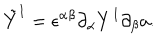
LaTeX: \tilde { Y } ^ { I } = \epsilon ^ { \alpha \beta } \partial _ { \alpha } Y ^ { I } \partial _ { \beta } a .